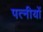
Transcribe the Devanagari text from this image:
पत्नीयों